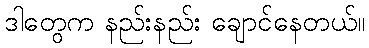
ဒါတွေက နည်းနည်း ချောင်နေတယ်။